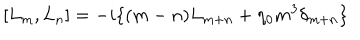
LaTeX: [ L _ { m } , L _ { n } ] = - i \{ ( m - n ) L _ { m + n } + \eta _ { 0 } m ^ { 3 } \delta _ { m + n } \}